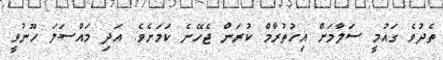
ތެދުވެ ގައުމީ ސަލާމަށް އިހުތުރާމް ކުރަން ޖެހޭނެ ކަމަށެވެ. އަދި މައްސަލަ ހޫނުވީ